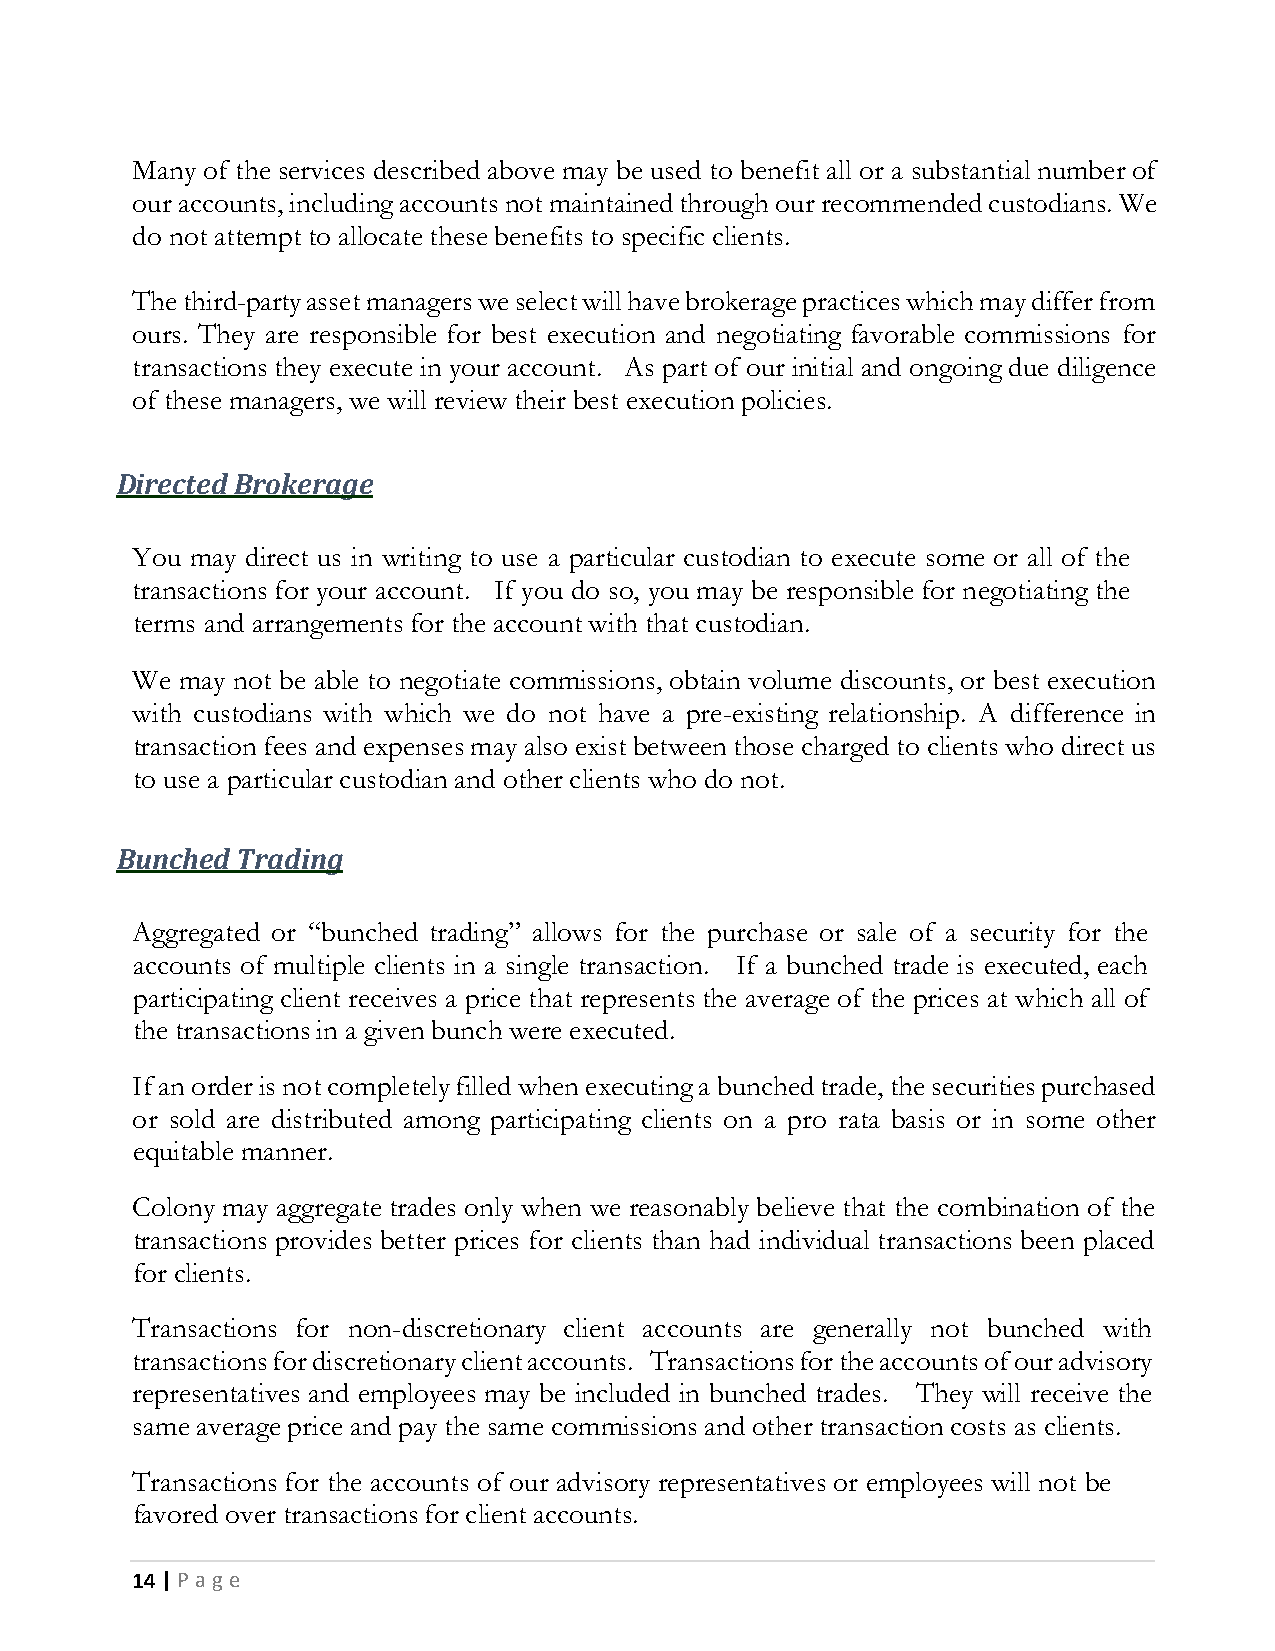
Many of the services described above may be used to benefit all or a substantial number of
 our accounts, including accounts not maintained through our recommended custodians. We
 do not attempt to allocate these benefits to specific clients.
 The third-party asset managers we select will have brokerage practices which may differ from
 ours. They are responsible for best execution and negotiating favorable commissions for
 transactions they execute in your account. As part of our initial and ongoing due diligence
 of these managers, we will review their best execution policies.
 Directed Brokerage
 You may direct us in writing to use a particular custodian to execute some or all of the
 transactions for your account. If you do so, you may be responsible for negotiating the
 terms and arrangements for the account with that custodian.
 We may not be able to negotiate commissions, obtain volume discounts, or best execution
 with custodians with which we do not have a pre-existing relationship. A difference in
 transaction fees and expenses may also exist between those charged to clients who direct us
 to use a particular custodian and other clients who do not.
 Bunched Trading
 Aggregated or “bunched trading” allows for the purchase or sale of a security for the
 accounts of multiple clients in a single transaction. If a bunched trade is executed, each
 participating client receives a price that represents the average of the prices at which all of
 the transactions in a given bunch were executed.
 If an order is not completely filled when executing a bunched trade, the securities purchased
 or sold are distributed among participating clients on a pro rata basis or in some other
 equitable manner.
 Colony may aggregate trades only when we reasonably believe that the combination of the
 transactions provides better prices for clients than had individual transactions been placed
 for clients.
 Transactions for non-discretionary client accounts are generally not bunched with
 transactions for discretionary client accounts. Transactions for the accounts of our advisory
 representatives and employees may be included in bunched trades. They will receive the
 same average price and pay the same commissions and other transaction costs as clients.
 Transactions for the accounts of our advisory representatives or employees will not be
 favored over transactions for client accounts.
 14 | P a g e